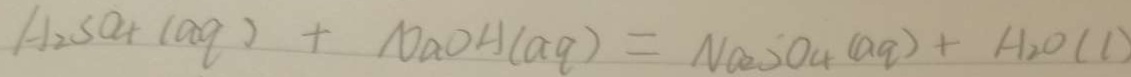
H _ { 2 } S o _ { 4 } ( a q ) + N a O H ( a q ) = N a _ { 2 } S O _ { 4 } ( a q ) + H _ { 2 } O ( l )